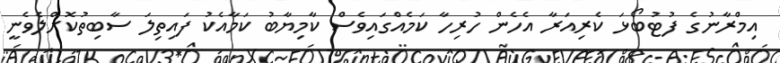
އިމްރާނުގެ ފުޓުބޯޅަ ކެރިއަރާ އެހެން ހުރިހާ ކަމެއްގައިވެސް ކާމިޔާބު ކަމާއެކު ފައިތިލަ ސާބިތުކޮށްލެވެނީ